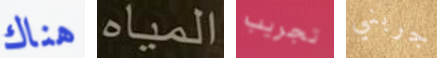
هناك المياه تجريب جربني